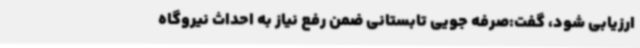
ارزیابی شود، گفت:صرفه جویی تابستانی ضمن رفع نیاز به احداث نیروگاه